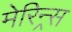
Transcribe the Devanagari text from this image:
मेरिन्र्स